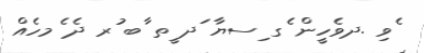
ެވި .ދވެހީން ެގ ިސޔާ ަދ ީތ ާބ ުރ ދެ ެމހެއް